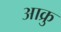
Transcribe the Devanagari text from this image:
आक्रु